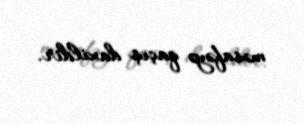
məsafəyə qaçış daxildir.